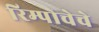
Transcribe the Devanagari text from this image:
रिम्पोचेचे